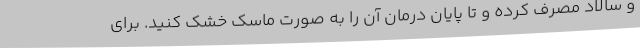
و سالاد مصرف کرده و تا پایان درمان آن را به صورت ماسک خشک کنید. برای